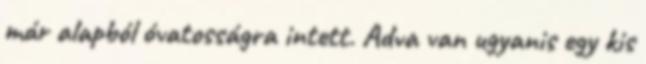
már alapból óvatosságra intett. Adva van ugyanis egy kis